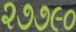
૨૭૭૯૦